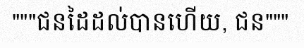
"""ជនដៃដល់បានហើយ, ជន"""